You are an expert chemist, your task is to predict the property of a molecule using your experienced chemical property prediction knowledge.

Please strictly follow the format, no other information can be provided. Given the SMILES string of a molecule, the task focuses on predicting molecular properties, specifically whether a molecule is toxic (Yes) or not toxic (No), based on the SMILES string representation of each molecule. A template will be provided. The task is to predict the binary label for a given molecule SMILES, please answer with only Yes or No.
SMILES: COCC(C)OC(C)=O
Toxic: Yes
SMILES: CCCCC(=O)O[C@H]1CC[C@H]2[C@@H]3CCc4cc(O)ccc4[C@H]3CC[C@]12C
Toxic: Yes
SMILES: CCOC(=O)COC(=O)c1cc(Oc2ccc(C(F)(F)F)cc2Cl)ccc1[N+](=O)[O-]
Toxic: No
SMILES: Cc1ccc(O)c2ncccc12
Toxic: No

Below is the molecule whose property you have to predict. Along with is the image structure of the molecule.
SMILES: c1csc(-c2ccc(-c3cccs3)s2)c1
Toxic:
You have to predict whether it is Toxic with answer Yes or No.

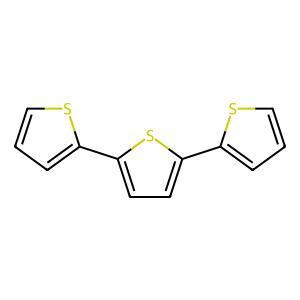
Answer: Yes